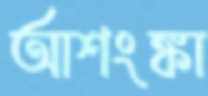
আশংঙ্কা